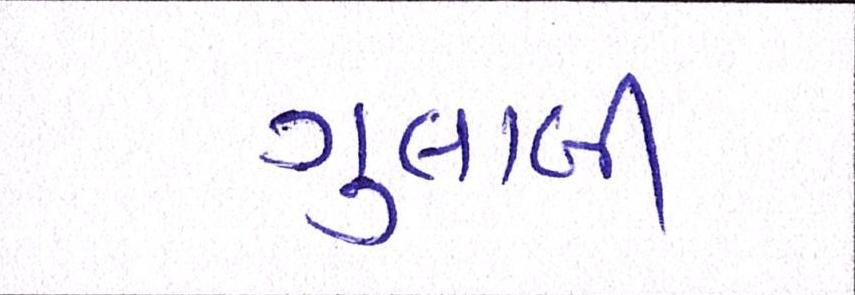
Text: ગુલાબી